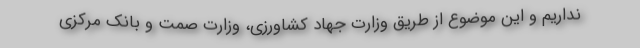
نداریم و این موضوع از طریق وزارت جهاد کشاورزی، وزارت صمت و بانک مرکزی